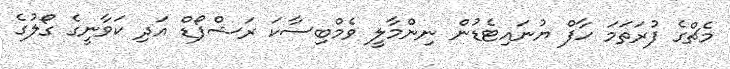
މެޗްގެ ފުރަތަމަ ހާފް ޔުނައިޓެޑުން ނިންމާލީ ވެމްބިސާކަ ރަޝްފޯޑް އަދި ކަވާނީގެ ގޯލުގެ